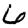
Digit: 6